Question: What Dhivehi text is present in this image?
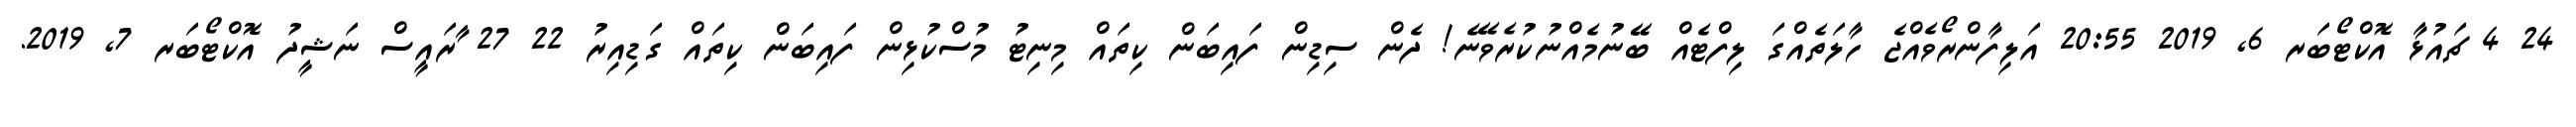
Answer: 24 4 ޗައުޅާ އޮކްޓޯބަރ 6, 2019 20:55 އަލިފާންރޯވެއްޖެ ހާލަތެއްގަ ލިފްޓެއް ބޭނުމެއްނުކުރެވޭނެ! ދެން ސިޑިން ފައިބަން ކިތައް މިނިޓު މުސްކުޅިން ފައިބަން ކިތައް ގަޑިއިރު 22 27 ާރައީސް ނަޝީދު އޮކްޓޯބަރ 7, 2019.